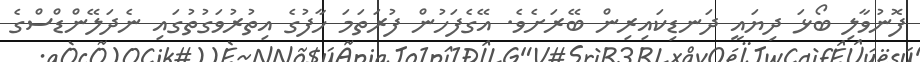
ފޮނުވާލި ބޯޅަ ދިޔައީ ދަނޑިކައިރިން ބޭރަށެވެ. އޭގެފަހުން ފުރަތަމަ ހާފުގެ އިތުރުވަގުތުގައި ނެދަލޭންޑްސްގެ